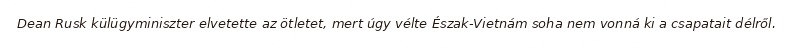
Dean Rusk külügyminiszter elvetette az ötletet, mert úgy vélte Észak-Vietnám soha nem vonná ki a csapatait délről.